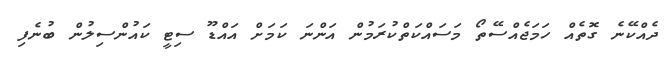
ދެއްކޭނެ ގޮތެއް ހަމަޖެއްސޭތޯ މަސައްކަތްކުރަމުން އަންނަ ކަމަށް އައްޑޫ ސިޓީ ކައުންސިލުން ބުނެފި